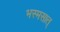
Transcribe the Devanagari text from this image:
भस्मसात्‌